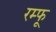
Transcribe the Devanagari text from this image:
रम्फू